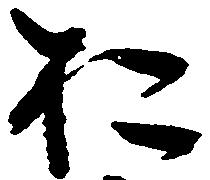
お